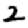
Digit: 2